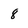
Character: 8